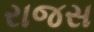
રાજસ